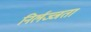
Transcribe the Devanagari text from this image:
निर्लज्जता